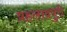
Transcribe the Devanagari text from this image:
प्रहलादपुरी